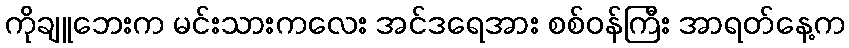
ကိုချူဘေးက မင်းသားကလေး အင်ဒရေအား စစ်ဝန်ကြီး အာရတ်နေ့က